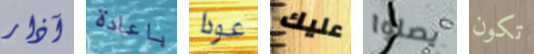
آذار باعادة عودا عليك يصلوا تكون